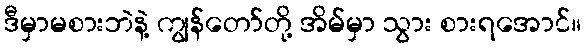
ဒီမှာမစားဘဲနဲ့ ကျွန်တော်တို့ အိမ်မှာ သွား စားရအောင်။